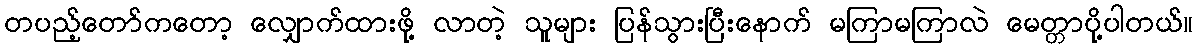
တပည့်တော်ကတော့ လျှောက်ထားဖို့ လာတဲ့ သူများ ပြန်သွားပြီးနောက် မကြာမကြာလဲ မေတ္တာပို့ပါတယ်။